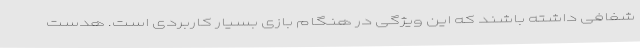
شفافی داشته باشند که این ویژگی در هنگام بازی بسیار کاربردی است. هدست